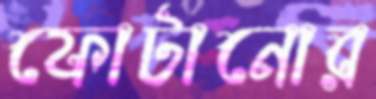
ফোটানোর